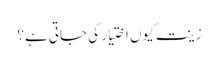
زینت کیوں اختیار کی جاتی ہے؟